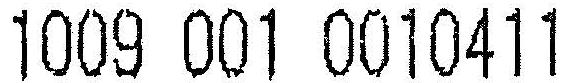
1009 001 0010411